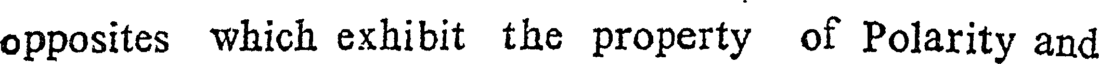
opposites which exhibit the property of Polarity and